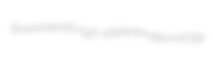
guanines att. nigh-ebbed maternology